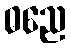
ဓညေ